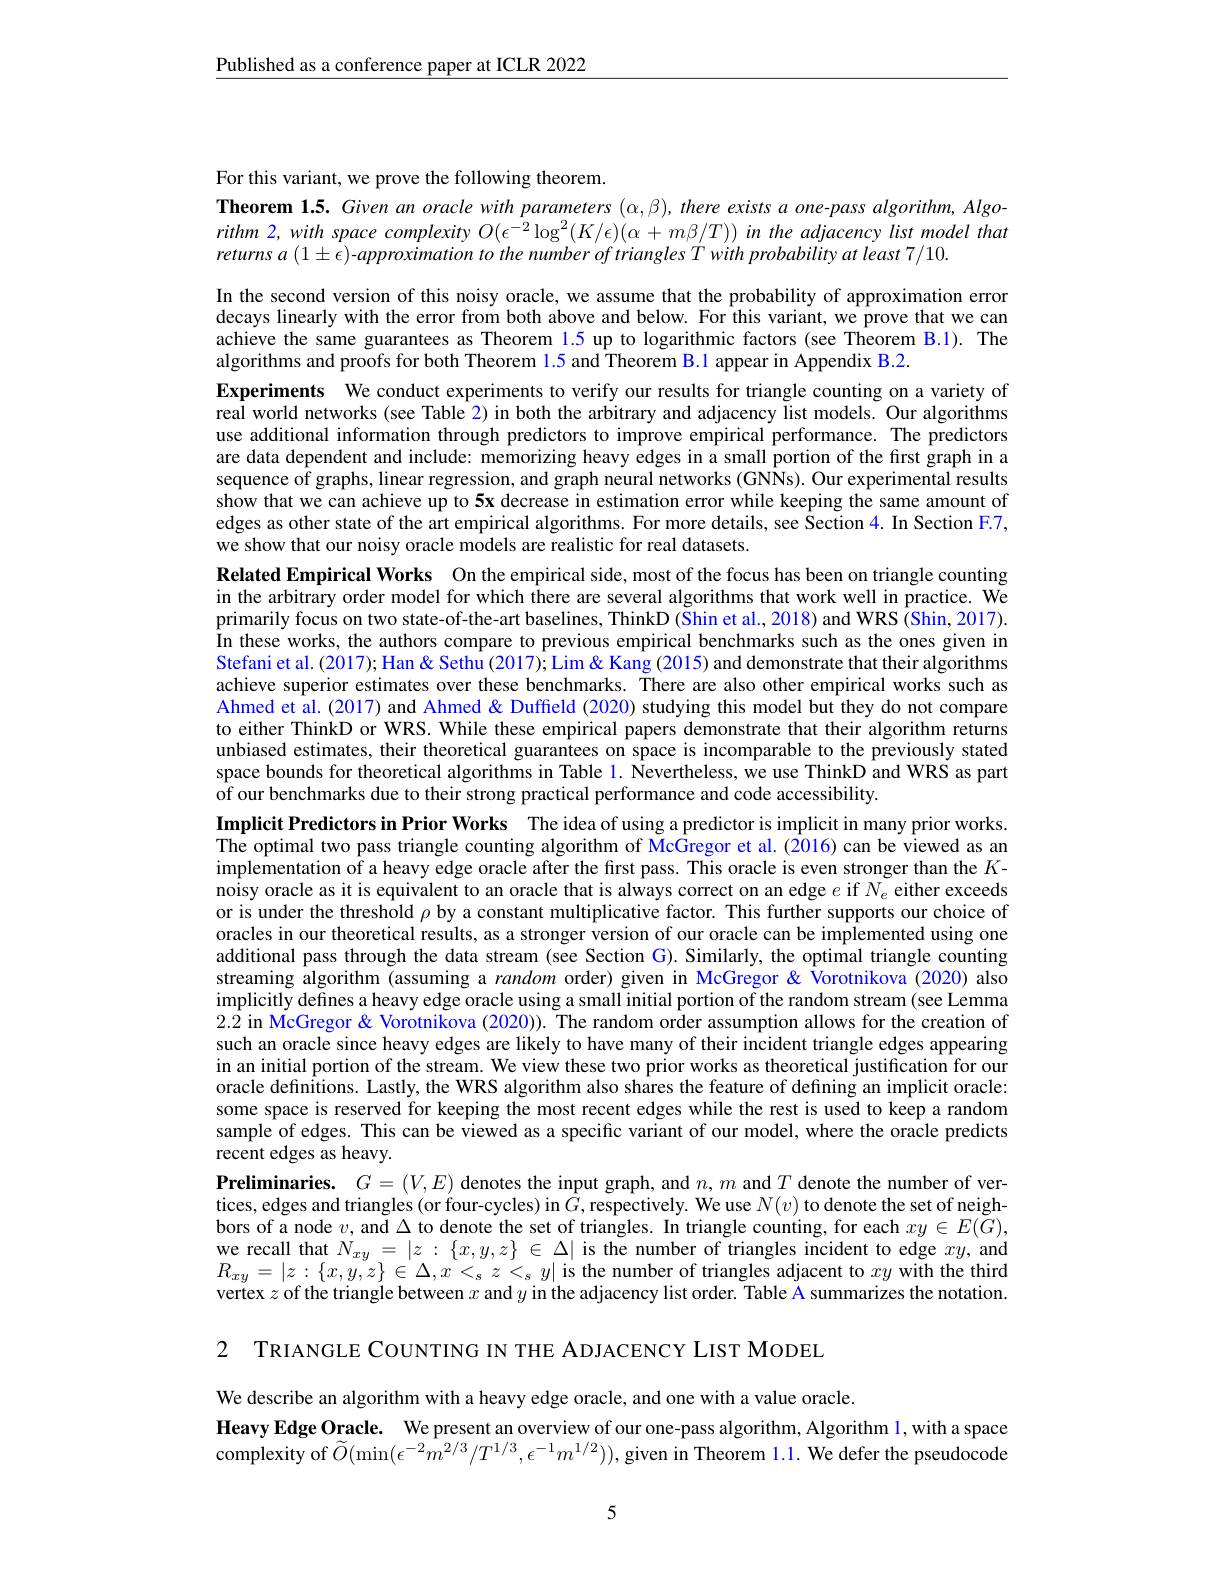
Published as a conference paper at ICLR 2022

For this variant, we prove the following theorem.
Theorem 1.5. Given an oracle with parameters $(\alpha,\beta)$, there exists a one-pass algorithm, Algorithm 2, with space complexity $O(\epsilon^{-2}\log^{2}(K/\epsilon)(\alpha+m\beta/T))$ in the adjacency list model that returns $a\left(1\pm\epsilon\right)$-approximation to the number of triangles T with probability at least 7/ 10.

In the second version of this noisy oracle, we assume that the probability of approximation error decays linearly with the error from both above and below. For this variant, we prove that we can achieve the same guarantees as Theorem 1.5 up to logarithmic factors (see Theorem B.1). The algorithms and proofs for both Theorem 1.5 and Theorem B.1 appear in Appendix B.2.
Experiments We conduct experiments to verify our results for triangle counting on a variety of real world networks (see Table 2) in both the arbitrary and adjacency list models. Our algorithms use additional information through predictors to improve empirical performance. The predictors are data dependent and include: memorizing heavy edges in a small portion of the first graph in a sequence of graphs, linear regression, and graph neural networks (GNNs). Our experimental results show that we can achieve up to 5x decrease in estimation error while keeping the same amount of edges as other state of the art empirical algorithms. For more details, see Section 4. In Section F.7, we show that our noisy oracle models are realistic for real datasets.
Related Empirical Works On the empirical side, most of the focus has been on triangle counting in the arbitrary order model for which there are several algorithms that work well in practice. We primarily focus on two state-of-the-art baselines, ThinkD (Shin et al., 2018) and WRS (Shin, 2017). In these works, the authors compare to previous empirical benchmarks such as the ones given in Stefani et al. (2017); Han & Sethu (2017); Lim & Kang (2015) and demonstrate that their algorithms achieve superior estimates over these benchmarks. There are also other empirical works such as Ahmed et al. (2017) and Ahmed & Duffield (2020) studying this model but they do not compare to either ThinkD or WRS. While these empirical papers demonstrate that their algorithm returns unbiased estimates, their theoretical guarantees on space is incomparable to the previously stated space bounds for theoretical algorithms in Table 1. Nevertheless, we use ThinkD and WRS as part of our benchmarks due to their strong practical performance and code accessibility
Implicit Predictors in Prior Works The idea of using a predictor is implicit in many prior works. The optimal two pass triangle counting algorithm of McGregor et al.(2016) can be viewed as an implementation of a heavy edge oracle after the first pass. This oracle is even stronger than the $K$- noisy oracle as it is equivalent to an oracle that is always correct on an edge $e$ if $\bar{N_e}$ either exceeds or is under the threshold $\rho$ by a constant multiplicative factor. This further supports our choice of oracles in our theoretical results, as a stronger version of our oracle can be implemented using one additional pass through the data stream (see Section G). Similarly, the optimal triangle counting streaming algorithm (assuming a random order) given in McGregor& Vorotnikova (2020) also implicitly defines a heavy edge oracle using a small initial portion of the random stream (see Lemma 2.2 in McGregor & Vorotnikova (2020)). The random order assumption allows for the creation of such an oracle since heavy edges are likely to have many of their incident triangle edges appearing in an initial portion of the stream. We view these two prior works as theoretical justification for our oracle defnitions. Lastly, the WRS algorithm also shares the feature of defining an implicit oracle: some space is reserved for keeping the most recent edges while the rest is used to keep a random sample of edges. This can be viewed as a specific variant of our model, where the oracle predicts recent edges as heavy.
Preliminaries. $G=(V,E)$ denotes the input graph, and $n,m$ and $T$ denote the number of vertices, edges and triangles (or four-cycles) in $\bar{G}$, respectively. We use $N(v)$ to denote the set of neighbors of a node $v$, and $\Delta$ to denote the set of triangles. In triangle counting, for each $xy\in E(\tilde{G})$, $\begin{array}{l}{\text{we recall that }N_{xy}=|z\::\:\{x,y,z\}\:\in\:\Delta|\:\mathrm{is~the~number~of~triangles~incident~to~edge~}xy,\mathrm{and}}\\{R_{xy}=|z\::\:\{x,y,z\}\:\in\:\Delta,x<_{s}\:z\:<_{s}\:y|\:\mathrm{is~the~number~of~triangles~adjacent~to~}xy\:\mathrm{with~the~third}}\end{array}$ vertex $z$ of the triangle between $x$ and $y$ in the adjacency list order. Table A summarizes the notation.

2 TRIANGLE COUNTING IN THE ADJACENCY LIST MODEL

We describe an algorithm with a heavy edge oracle, and one with a value oracle.
Heavy Edge Oracle. We present an overview of our one-pass algorithm, Algorithm 1, with a space complexity of $\widetilde O(\min(\epsilon^{-2}\tilde{m^{2/3}}/T^{1/3},\epsilon^{-1}m^{1/2}))$, given in Theorem $\color{red}1.1.$ We defer the pseudocode

5